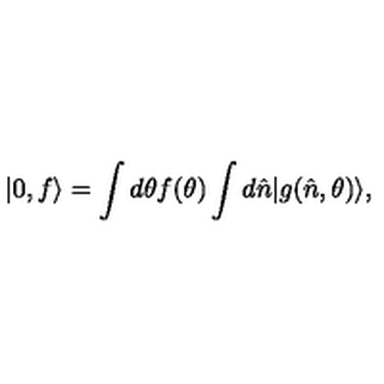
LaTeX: | 0 , f \rangle = \int d \theta f ( \theta ) \int d \hat { n } | g ( \hat { n } , \theta ) \rangle ,